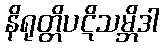
နိရုတ္တိပဋိသမ္ဘိဒါ